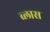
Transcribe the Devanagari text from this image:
व्लास